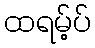
ထရမ့်ပ်